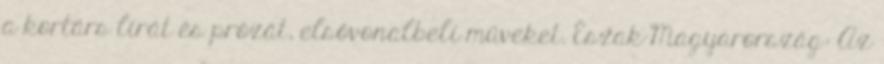
a kortárs lírát és prózát, elsővonalbeli műveket. Észak-Magyarország: Az